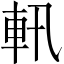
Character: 軐